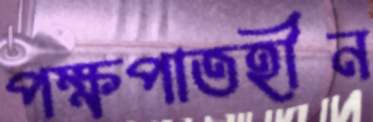
পক্ষপাতহীন